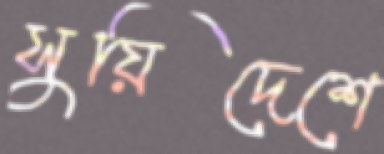
সুয়িদেশে